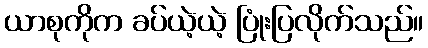
ယာစုကိုက ခပ်ယဲ့ယဲ့ ပြုံးပြလိုက်သည်။